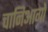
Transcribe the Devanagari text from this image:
चानिआगो